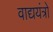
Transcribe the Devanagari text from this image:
वाद्ययंत्रो